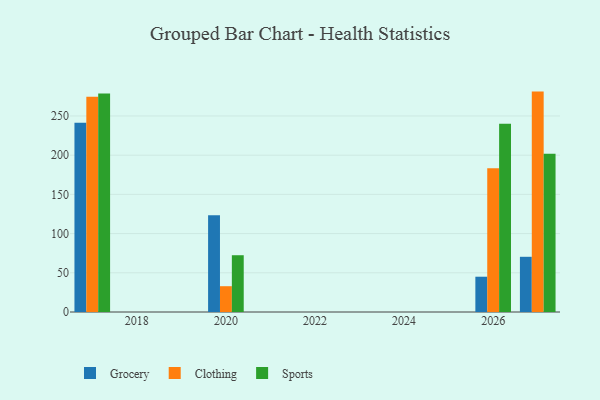
{"axis": {"x": "Year", "y": "Revenue (USD Million)"}, "legend": ["Clothing", "Grocery", "Sports"], "data": [{"x": "2026", "y": 45.0, "type": "Grocery"}, {"x": "2026", "y": 183.3, "type": "Clothing"}, {"x": "2026", "y": 240.0, "type": "Sports"}, {"x": "2020", "y": 123.3, "type": "Grocery"}, {"x": "2020", "y": 32.9, "type": "Clothing"}, {"x": "2020", "y": 72.4, "type": "Sports"}, {"x": "2017", "y": 241.4, "type": "Grocery"}, {"x": "2017", "y": 274.6, "type": "Clothing"}, {"x": "2017", "y": 278.7, "type": "Sports"}, {"x": "2027", "y": 70.4, "type": "Grocery"}, {"x": "2027", "y": 281.1, "type": "Clothing"}, {"x": "2027", "y": 201.8, "type": "Sports"}]}